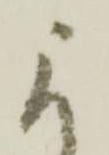
に